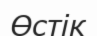
Өстік